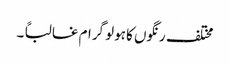
مختلف رنگوں کا ہولو گرام غالباً ۔